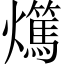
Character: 𤒘